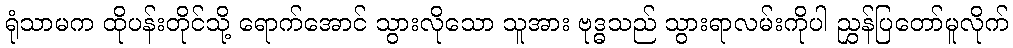
ရုံသာမက ထိုပန်းတိုင်သို့ ရောက်အောင် သွားလိုသော သူအား ဗုဒ္ဓသည် သွားရာလမ်းကိုပါ ညွှန်ပြတော်မူလိုက်